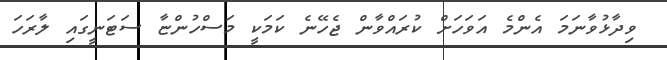
ވިދާޅުވާނަމަ އެންމެ އަވަހަށް ކުރައްވާން ޖެހޭނެ ކަމަކީ މަސްހުންޏާ ސަޓަނީގައި ލާރަހަ